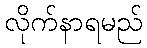
လိုက်နာရမည်